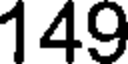
149